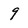
Character: 9